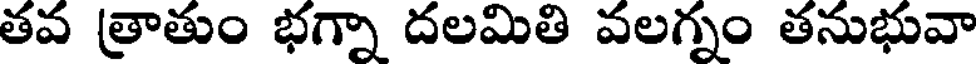
తవ త్రాతుం భగ్నా దలమితి వలగ్నం తనుభువా